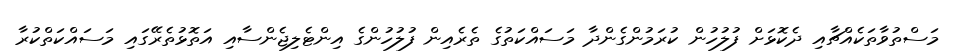
މަސްތުވާތަކެއްޗާއި ދެކޮޅަށް ފުލުހުން ކުރަމުންގެންދާ މަސައްކަތުގެ ތެރެއިން ފުލުހުންގެ އިންޓެލިޖެންސާއި އަތޮޅުތެރޭގައި މަސައްކަތްކުރާ